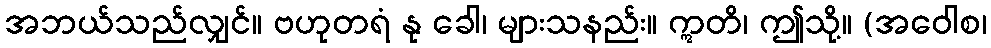
အဘယ်သည်လျှင်။ ဗဟုတရံ နု ခေါ၊ များသနည်း။ ဣတိ၊ ဤသို့။ (အဝေါစ၊